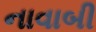
નાવાબી